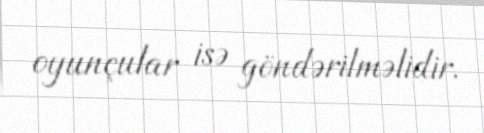
oyunçular isə göndərilməlidir.